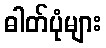
ဓါတ်ပုံများ